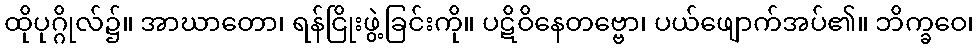
ထိုပုဂ္ဂိုလ်၌။ အာဃာတော၊ ရန်ငြိုးဖွဲ့ခြင်းကို။ ပဋိဝိနေတဗ္ဗော၊ ပယ်ဖျောက်အပ်၏။ ဘိက္ခဝေ၊